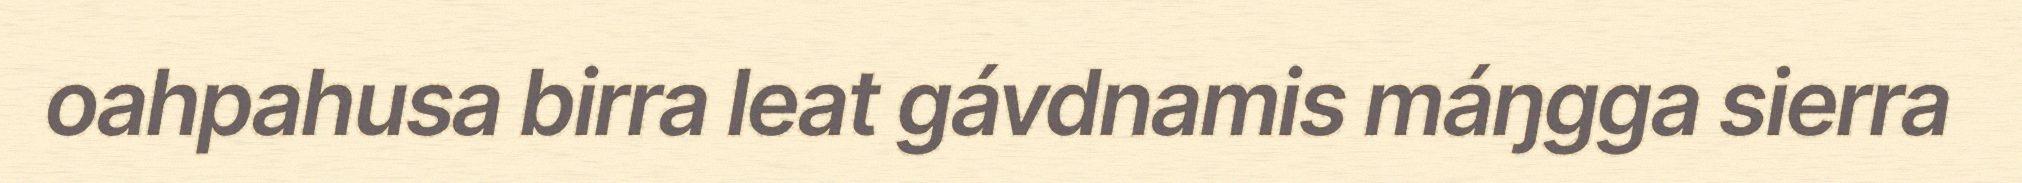
oahpahusa birra leat gávdnamis máŋgga sierra